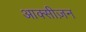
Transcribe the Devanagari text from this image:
आक्सीज़न